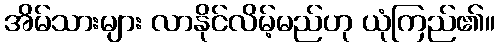
အိမ်သားများ လာနိုင်လိမ့်မည်ဟု ယုံကြည်၏။